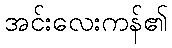
အင်းလေးကန်၏